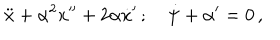
LaTeX: \ddot { x } + \alpha ^ { 2 } x ^ { \prime \prime } + 2 \alpha \dot { x } ^ { \prime } \, ; \quad \dot { \psi } + \alpha ^ { \prime } = 0 \, ,